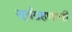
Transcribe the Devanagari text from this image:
सूर्यग्रहणाची